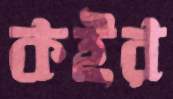
কইর